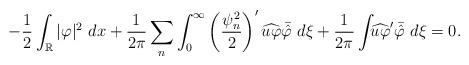
LaTeX: \begin{align*}-\frac{1}{2}\int_{\mathbb{R}}|\varphi|^2~dx + \frac{1}{2\pi}\sum_n\int_0^{\infty}\left(\frac{\psi_n^2}{2}\right)' \widehat{u\varphi}\bar{\hat\varphi}~d\xi+\frac{1}{2\pi}\int_{\real}\widehat{u\varphi}'\bar{\hat\varphi}~d\xi=0.\end{align*}